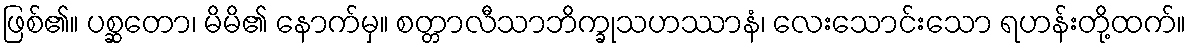
ဖြစ်၏။ ပစ္ဆတော၊ မိမိ၏ နောက်မှ။ စတ္တာလီသာဘိက္ခုသဟဿာနံ၊ လေးသောင်းသော ရဟန်းတို့ထက်။